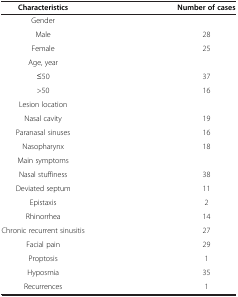
<table><thead><tr><td><b>Characteristics</b></td><td><b>Number of cases</b></td></tr></thead><tbody><tr><td>Gender</td><td> </td></tr><tr><td>Male</td><td>28</td></tr><tr><td>Female</td><td>25</td></tr><tr><td>Age, year</td><td> </td></tr><tr><td>≤50</td><td>37</td></tr><tr><td>&gt;50</td><td>16</td></tr><tr><td>Lesion location</td><td> </td></tr><tr><td>Nasal cavity</td><td>19</td></tr><tr><td>Paranasal sinuses</td><td>16</td></tr><tr><td>Nasopharynx</td><td>18</td></tr><tr><td>Main symptoms</td><td> </td></tr><tr><td>Nasal stuffiness</td><td>38</td></tr><tr><td>Deviated septum</td><td>11</td></tr><tr><td>Epistaxis</td><td>2</td></tr><tr><td>Rhinorrhea</td><td>14</td></tr><tr><td>Chronic recurrent sinusitis</td><td>27</td></tr><tr><td>Facial pain</td><td>29</td></tr><tr><td>Proptosis</td><td>1</td></tr><tr><td>Hyposmia</td><td>35</td></tr><tr><td>Recurrences</td><td>1</td></tr></tbody></table>